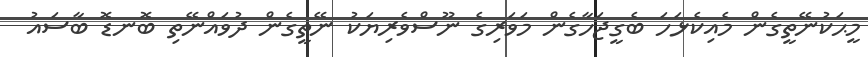
މީޙަކުނޭތީގެން މެއިކެޅަހަ ބެގީޖަހާގެން މަވަރިގެ ނޫސްވެރިޔަކު ނޭތީގެން ދުވައްނޭތި ބޮނޑޮ ބާސައު